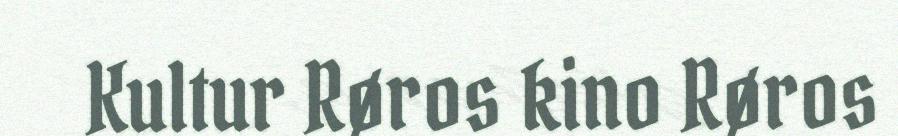
Kultur Røros kino Røros